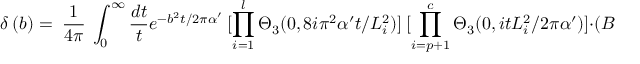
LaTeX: \delta ~ ( b ) = ~ \frac { 1 } { 4 \pi } ~ \int _ { 0 } ^ { \infty } \frac { d t } { t } e ^ { - b ^ { 2 } t / 2 \pi \alpha ^ { \prime } } ~ [ \prod _ { i = 1 } ^ { l } \Theta _ { 3 } ( 0 , 8 i \pi ^ { 2 } \alpha ^ { \prime } t / L _ { i } ^ { 2 } ) ] ~ [ \prod _ { i = p + 1 } ^ { c } \Theta _ { 3 } ( 0 , i t L _ { i } ^ { 2 } / 2 \pi \alpha ^ { \prime } ) ] \cdot ( B \times J ) ~ ~ .